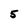
Character: 5